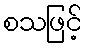
စသဖြင့်